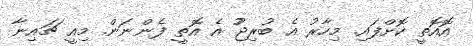
އޮއޮތީ ކޮށްފައި. މިހާރު އެ ބުރިޖުު އެ އޮތީ ފެންނަން. މިއީ ޗައިނާ